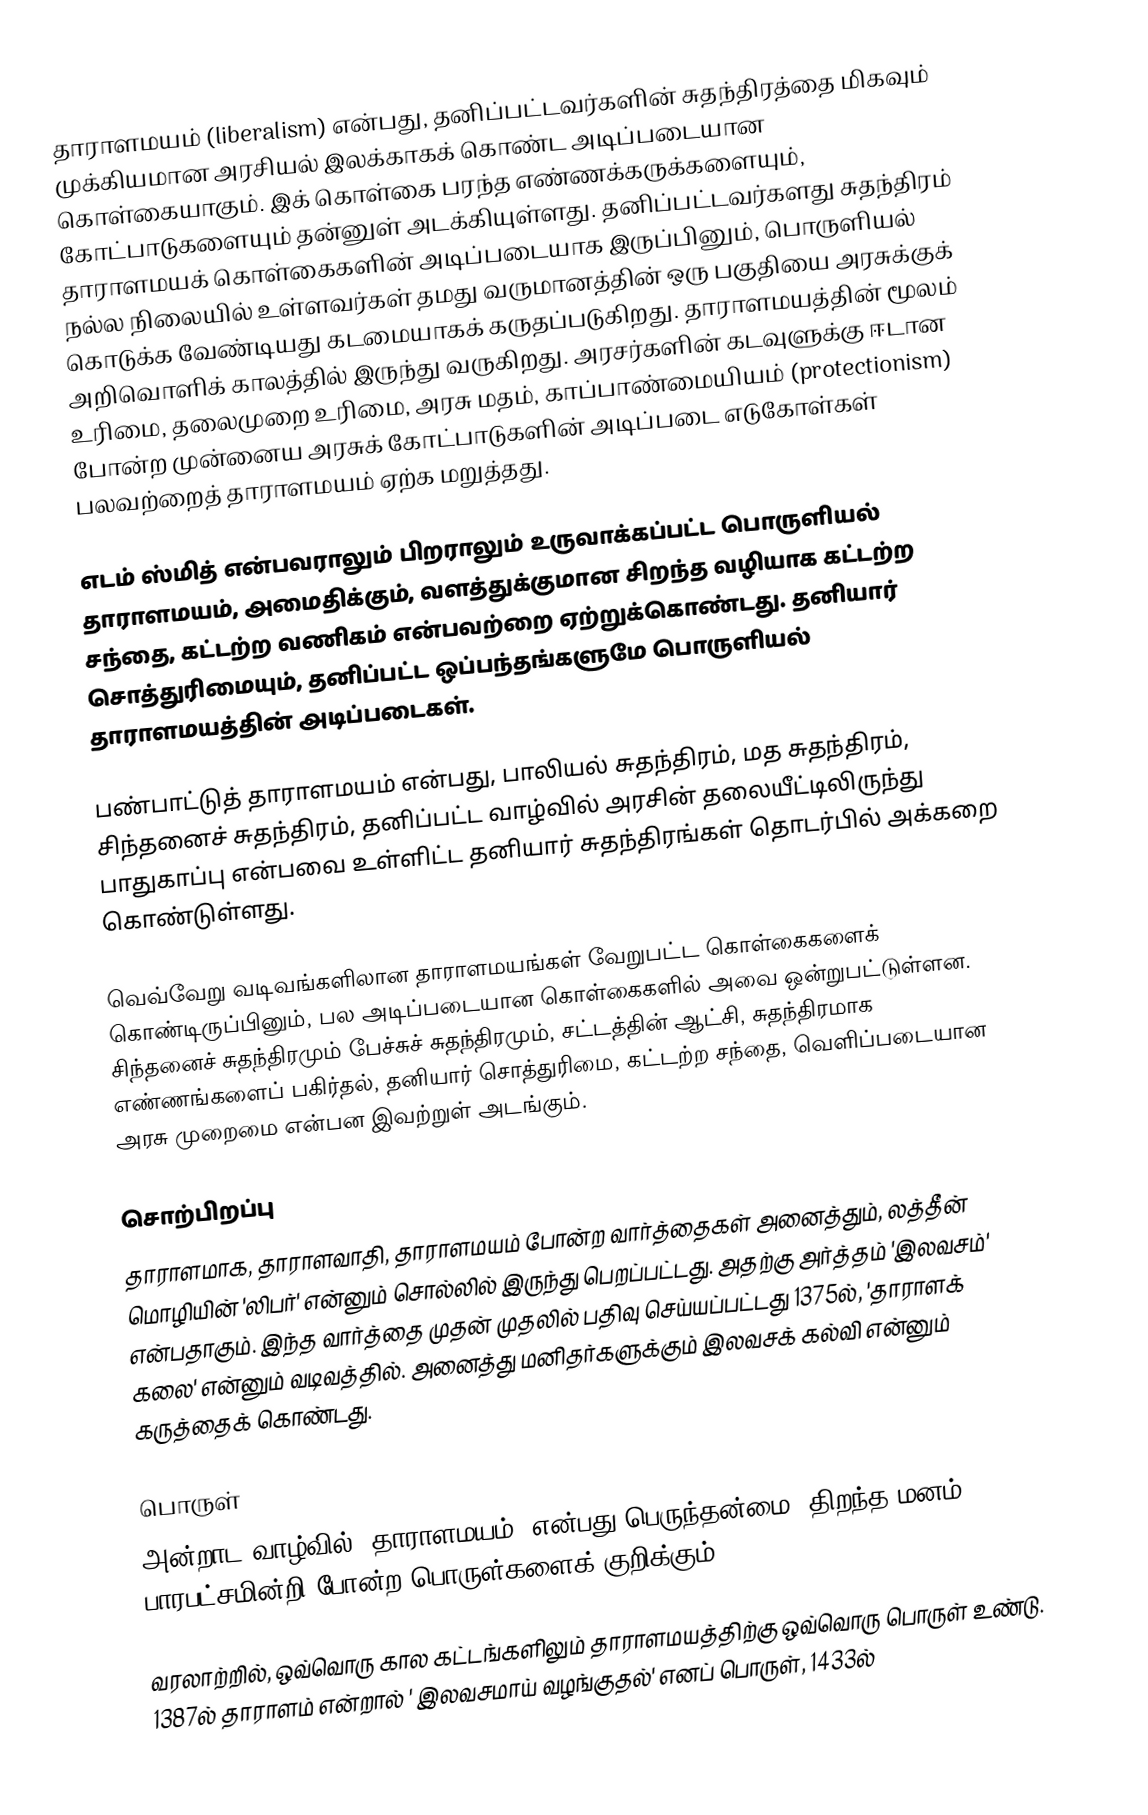
தாராளமயம்  (liberalism) என்பது, தனிப்பட்டவர்களின் சுதந்திரத்தை மிகவும் முக்கியமான அரசியல் இலக்காகக் கொண்ட அடிப்படையான கொள்கையாகும். இக் கொள்கை பரந்த எண்ணக்கருக்களையும், கோட்பாடுகளையும் தன்னுள் அடக்கியுள்ளது. தனிப்பட்டவர்களது சுதந்திரம் தாராளமயக் கொள்கைகளின் அடிப்படையாக இருப்பினும், பொருளியல் நல்ல நிலையில் உள்ளவர்கள் தமது வருமானத்தின் ஒரு பகுதியை அரசுக்குக் கொடுக்க வேண்டியது கடமையாகக் கருதப்படுகிறது. தாராளமயத்தின் மூலம் அறிவொளிக் காலத்தில் இருந்து வருகிறது. அரசர்களின் கடவுளுக்கு ஈடான உரிமை, தலைமுறை உரிமை, அரசு மதம், காப்பாண்மையியம் (protectionism) போன்ற முன்னைய அரசுக் கோட்பாடுகளின் அடிப்படை எடுகோள்கள் பலவற்றைத் தாராளமயம் ஏற்க மறுத்தது.

எடம் ஸ்மித் என்பவராலும் பிறராலும் உருவாக்கப்பட்ட பொருளியல் தாராளமயம், அமைதிக்கும், வளத்துக்குமான சிறந்த வழியாக கட்டற்ற சந்தை, கட்டற்ற வணிகம் என்பவற்றை ஏற்றுக்கொண்டது. தனியார் சொத்துரிமையும், தனிப்பட்ட ஒப்பந்தங்களுமே பொருளியல் தாராளமயத்தின் அடிப்படைகள்.

பண்பாட்டுத் தாராளமயம் என்பது, பாலியல் சுதந்திரம், மத சுதந்திரம், சிந்தனைச் சுதந்திரம், தனிப்பட்ட வாழ்வில் அரசின் தலையீட்டிலிருந்து பாதுகாப்பு என்பவை உள்ளிட்ட தனியார் சுதந்திரங்கள் தொடர்பில் அக்கறை கொண்டுள்ளது.

வெவ்வேறு வடிவங்களிலான தாராளமயங்கள் வேறுபட்ட கொள்கைகளைக் கொண்டிருப்பினும், பல அடிப்படையான கொள்கைகளில் அவை ஒன்றுபட்டுள்ளன. சிந்தனைச் சுதந்திரமும் பேச்சுச் சுதந்திரமும், சட்டத்தின் ஆட்சி, சுதந்திரமாக எண்ணங்களைப் பகிர்தல், தனியார் சொத்துரிமை, கட்டற்ற சந்தை, வெளிப்படையான அரசு முறைமை என்பன இவற்றுள் அடங்கும்.

சொற்பிறப்பு
தாராளமாக, தாராளவாதி, தாராளமயம் போன்ற வார்த்தைகள் அனைத்தும், லத்தீன் மொழியின் 'லிபர்'  என்னும் சொல்லில் இருந்து பெறப்பட்டது. அதற்கு அர்த்தம் 'இலவசம்' என்பதாகும். இந்த வார்த்தை முதன் முதலில் பதிவு செய்யப்பட்டது 1375ல், 'தாராளக் கலை' என்னும் வடிவத்தில். அனைத்து மனிதர்களுக்கும் இலவசக் கல்வி என்னும் கருத்தைக் கொண்டது.

பொருள்
அன்றாட வாழ்வில் 'தாராளமயம்' என்பது பெருந்தன்மை, திறந்த மனம், பாரபட்சமின்றி  போன்ற பொருள்களைக் குறிக்கும்.

வரலாற்றில், ஒவ்வொரு கால கட்டங்களிலும் தாராளமயத்திற்கு ஒவ்வொரு பொருள் உண்டு. 1387ல் தாராளம் என்றால் ' இலவசமாய் வழங்குதல்' எனப் பொருள், 1433ல்